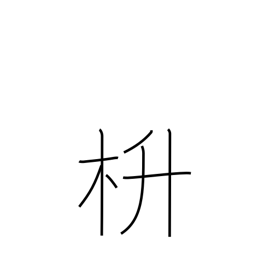
Meaning: (kokuji)